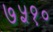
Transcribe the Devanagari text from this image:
७५१०